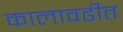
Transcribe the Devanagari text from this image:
कालावढीत